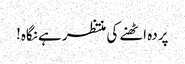
پردہ اٹھنے کی منتظر ہے نگاہ!